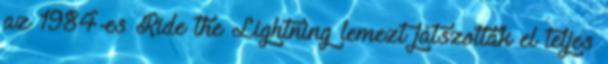
az 1984-es Ride the Lightning lemezt játszották el teljes